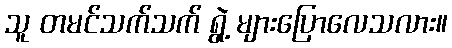
သူ တမင်သက်သက် ရွဲ့ များပြောလေသလား။